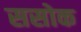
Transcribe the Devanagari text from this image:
ससोक